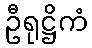
ဦရုဋ္ဌိကံ